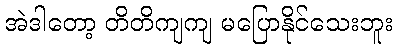
အဲဒါတော့ တိတိကျကျ မပြောနိုင်သေးဘူး